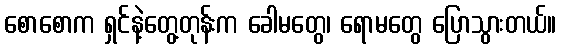
စောစောက ရှင်နဲ့တွေ့တုန်းက ခေါမတွေ၊ ရောမတွေ ပြောသွားတယ်။